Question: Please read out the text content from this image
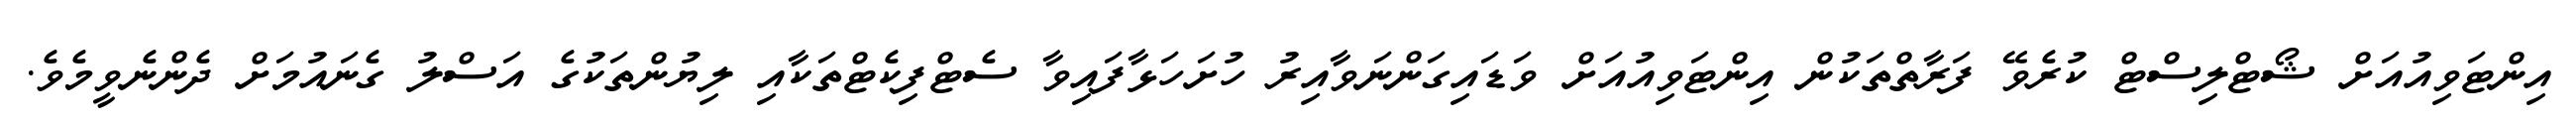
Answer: އިންޓަވިއުއަށް ޝޯޓްލިސްޓް ކުރެވޭ ފަރާތްތަކުން އިންޓަވިއުއަށް ވަޑައިގަންނަވާއިރު ހުށަހަޅާފައިވާ ސެޓްފިކެޓްތަކާއި ލިޔުންތަކުގެ އަސްލު ގެނައުމަށް ދެންނެވީމެވެ.